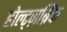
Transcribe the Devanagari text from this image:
होल्ट्ज़ब्रिंक